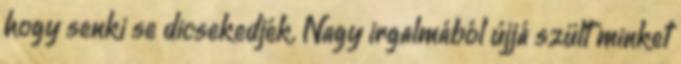
hogy senki se dicsekedjék. Nagy irgalmából újjá szült minket